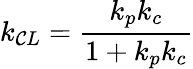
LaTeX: k_{\mathcal{C}L}={\frac{{k_{p}k_{c}}}{{1+k_{p}k_{c}}}}